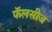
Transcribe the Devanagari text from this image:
फॅलसीज